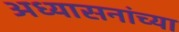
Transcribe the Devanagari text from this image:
अध्यासनांच्या